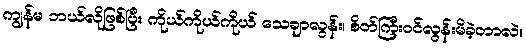
ကျွန်မ ဘယ်လိုဖြစ်ပြီး ကိုယ်ကိုယ်ကိုယ် သေချာလွန်း၊ စိတ်ကြီးဝင်လွန်းမိခဲ့တာလဲ။